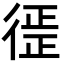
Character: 徰